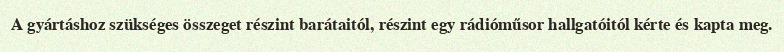
A gyártáshoz szükséges összeget részint barátaitól, részint egy rádióműsor hallgatóitól kérte és kapta meg.